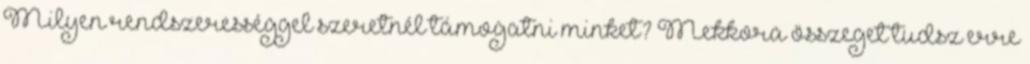
Milyen rendszerességgel szeretnél támogatni minket? Mekkora összeget tudsz erre